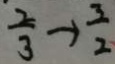
\frac { 2 } { 3 } \rightarrow \frac { 3 } { 2 }